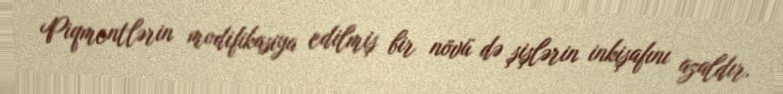
Piqmentlərin modifikasiya edilmiş bir növü də şişlərin inkişafını azaldır.